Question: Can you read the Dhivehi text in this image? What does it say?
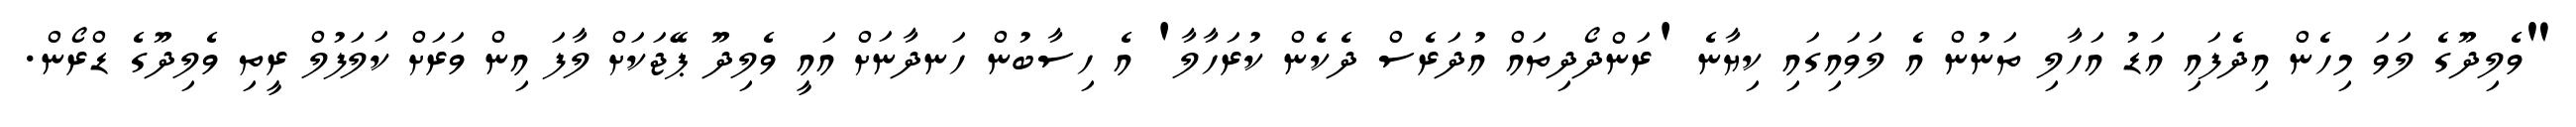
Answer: "ވެލިދޫގެ ލަވަ މިހެން އިދެފައި އަޑު އަހާލި ތަނުން އެ ލަވައިގައި ކިޔާނެ 'ރަންދޯދިތައް އުދަރެސް ދެކެން ކުރަހާލާ' އެ ހިސާބުން ހަނދާނަށް އައީ ވެލިދޫ ޕޭޖަކަށް ލާފަ އިން ވަރަށް ކަލަފުލް ރީތި ވެލިދޫގެ ޑްރޯން.